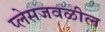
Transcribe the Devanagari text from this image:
प्लेसजवळील